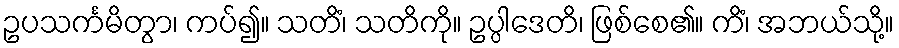
ဥပသင်္ကမိတွာ၊ ကပ်၍။ သတိံ၊ သတိကို။ ဥပ္ပါဒေတိ၊ ဖြစ်စေ၏။ ကိံ၊ အဘယ်သို့။